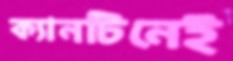
ক্যানটিনেই